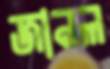
জানল